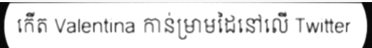
កើត Valentina កាន់ម្រាមដៃនៅលើ Twitter